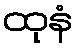
ထုနံ